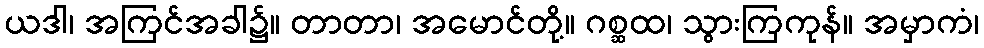
ယဒါ၊ အကြင်အခါ၌။ တာတာ၊ အမောင်တို့။ ဂစ္ဆထ၊ သွားကြကုန်။ အမှာကံ၊